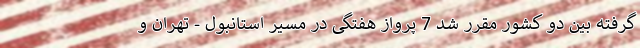
گرفته بین دو کشور مقرر شد 7 پرواز هفتگی در مسیر استانبول - تهران و